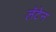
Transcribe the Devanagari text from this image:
लॅटेन